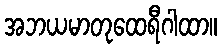
အဘယမာတုထေရီဂါထာ။